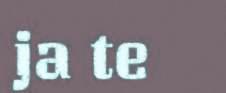
ja te